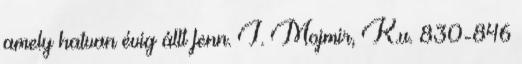
amely hatvan évig állt fenn. I. Mojmir, K.u. 830-846